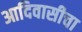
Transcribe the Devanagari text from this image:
आदिवासीचा